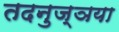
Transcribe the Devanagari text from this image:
तदनुज्ञया